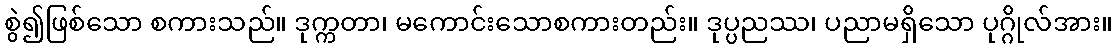
စွဲ၍ဖြစ်သော စကားသည်။ ဒုက္ကတာ၊ မကောင်းသောစကားတည်း။ ဒုပ္ပညဿ၊ ပညာမရှိသော ပုဂ္ဂိုလ်အား။